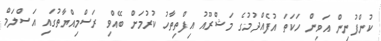
ކުންފުނިން އަވިން ހަކަތަ އުފެއްދުމުގެ މަޝްރޫއު އިފްތިތާހު ކުރުމަށް ބޭއްވި ރަސްމިއްޔާތުގައި އަސްލަމް